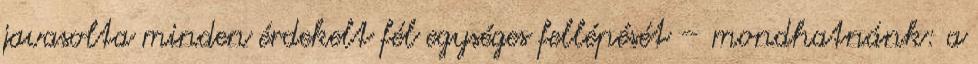
javasolta minden érdekelt fél egységes fellépését – mondhatnánk: a